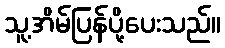
သူ့အိမ်ပြန်ပို့ပေးသည်။